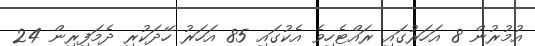
އުމުރުން 8 އަހަރުގައި ރައްޓެހިވެ އެކުގައި 85 އަހަރު ހޭދަކުރި ދެމަފިރިން 24